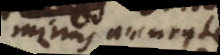
minus accurate